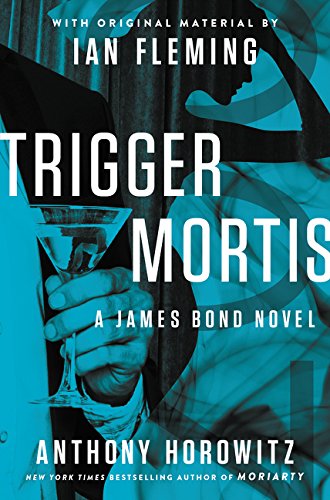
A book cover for Trigger Mortis: With Original Material by Ian Fleming (James Bond); Anthony Horowitz; Mystery, Thriller & Suspense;